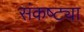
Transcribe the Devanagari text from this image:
संकष्ट्या